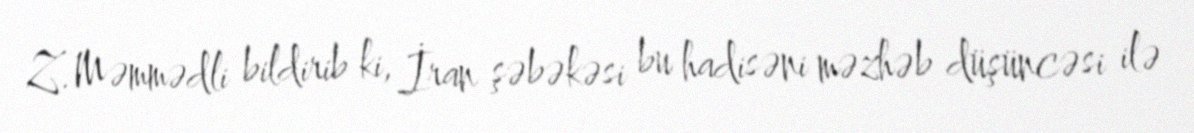
Z.Məmmədli bildirib ki, İran şəbəkəsi bu hadisəni məzhəb düşüncəsi ilə